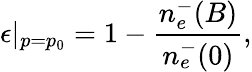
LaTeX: \epsilon|_{p=p_{0}}=1-\frac{n_{e}^{-}(B)}{n_{e}^{-}(0)},